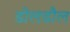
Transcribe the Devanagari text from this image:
डोलडौल